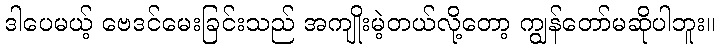
ဒါပေမယ့် ဗေဒင်မေးခြင်းသည် အကျိုးမဲ့တယ်လို့တော့ ကျွန်တော်မဆိုပါဘူး။